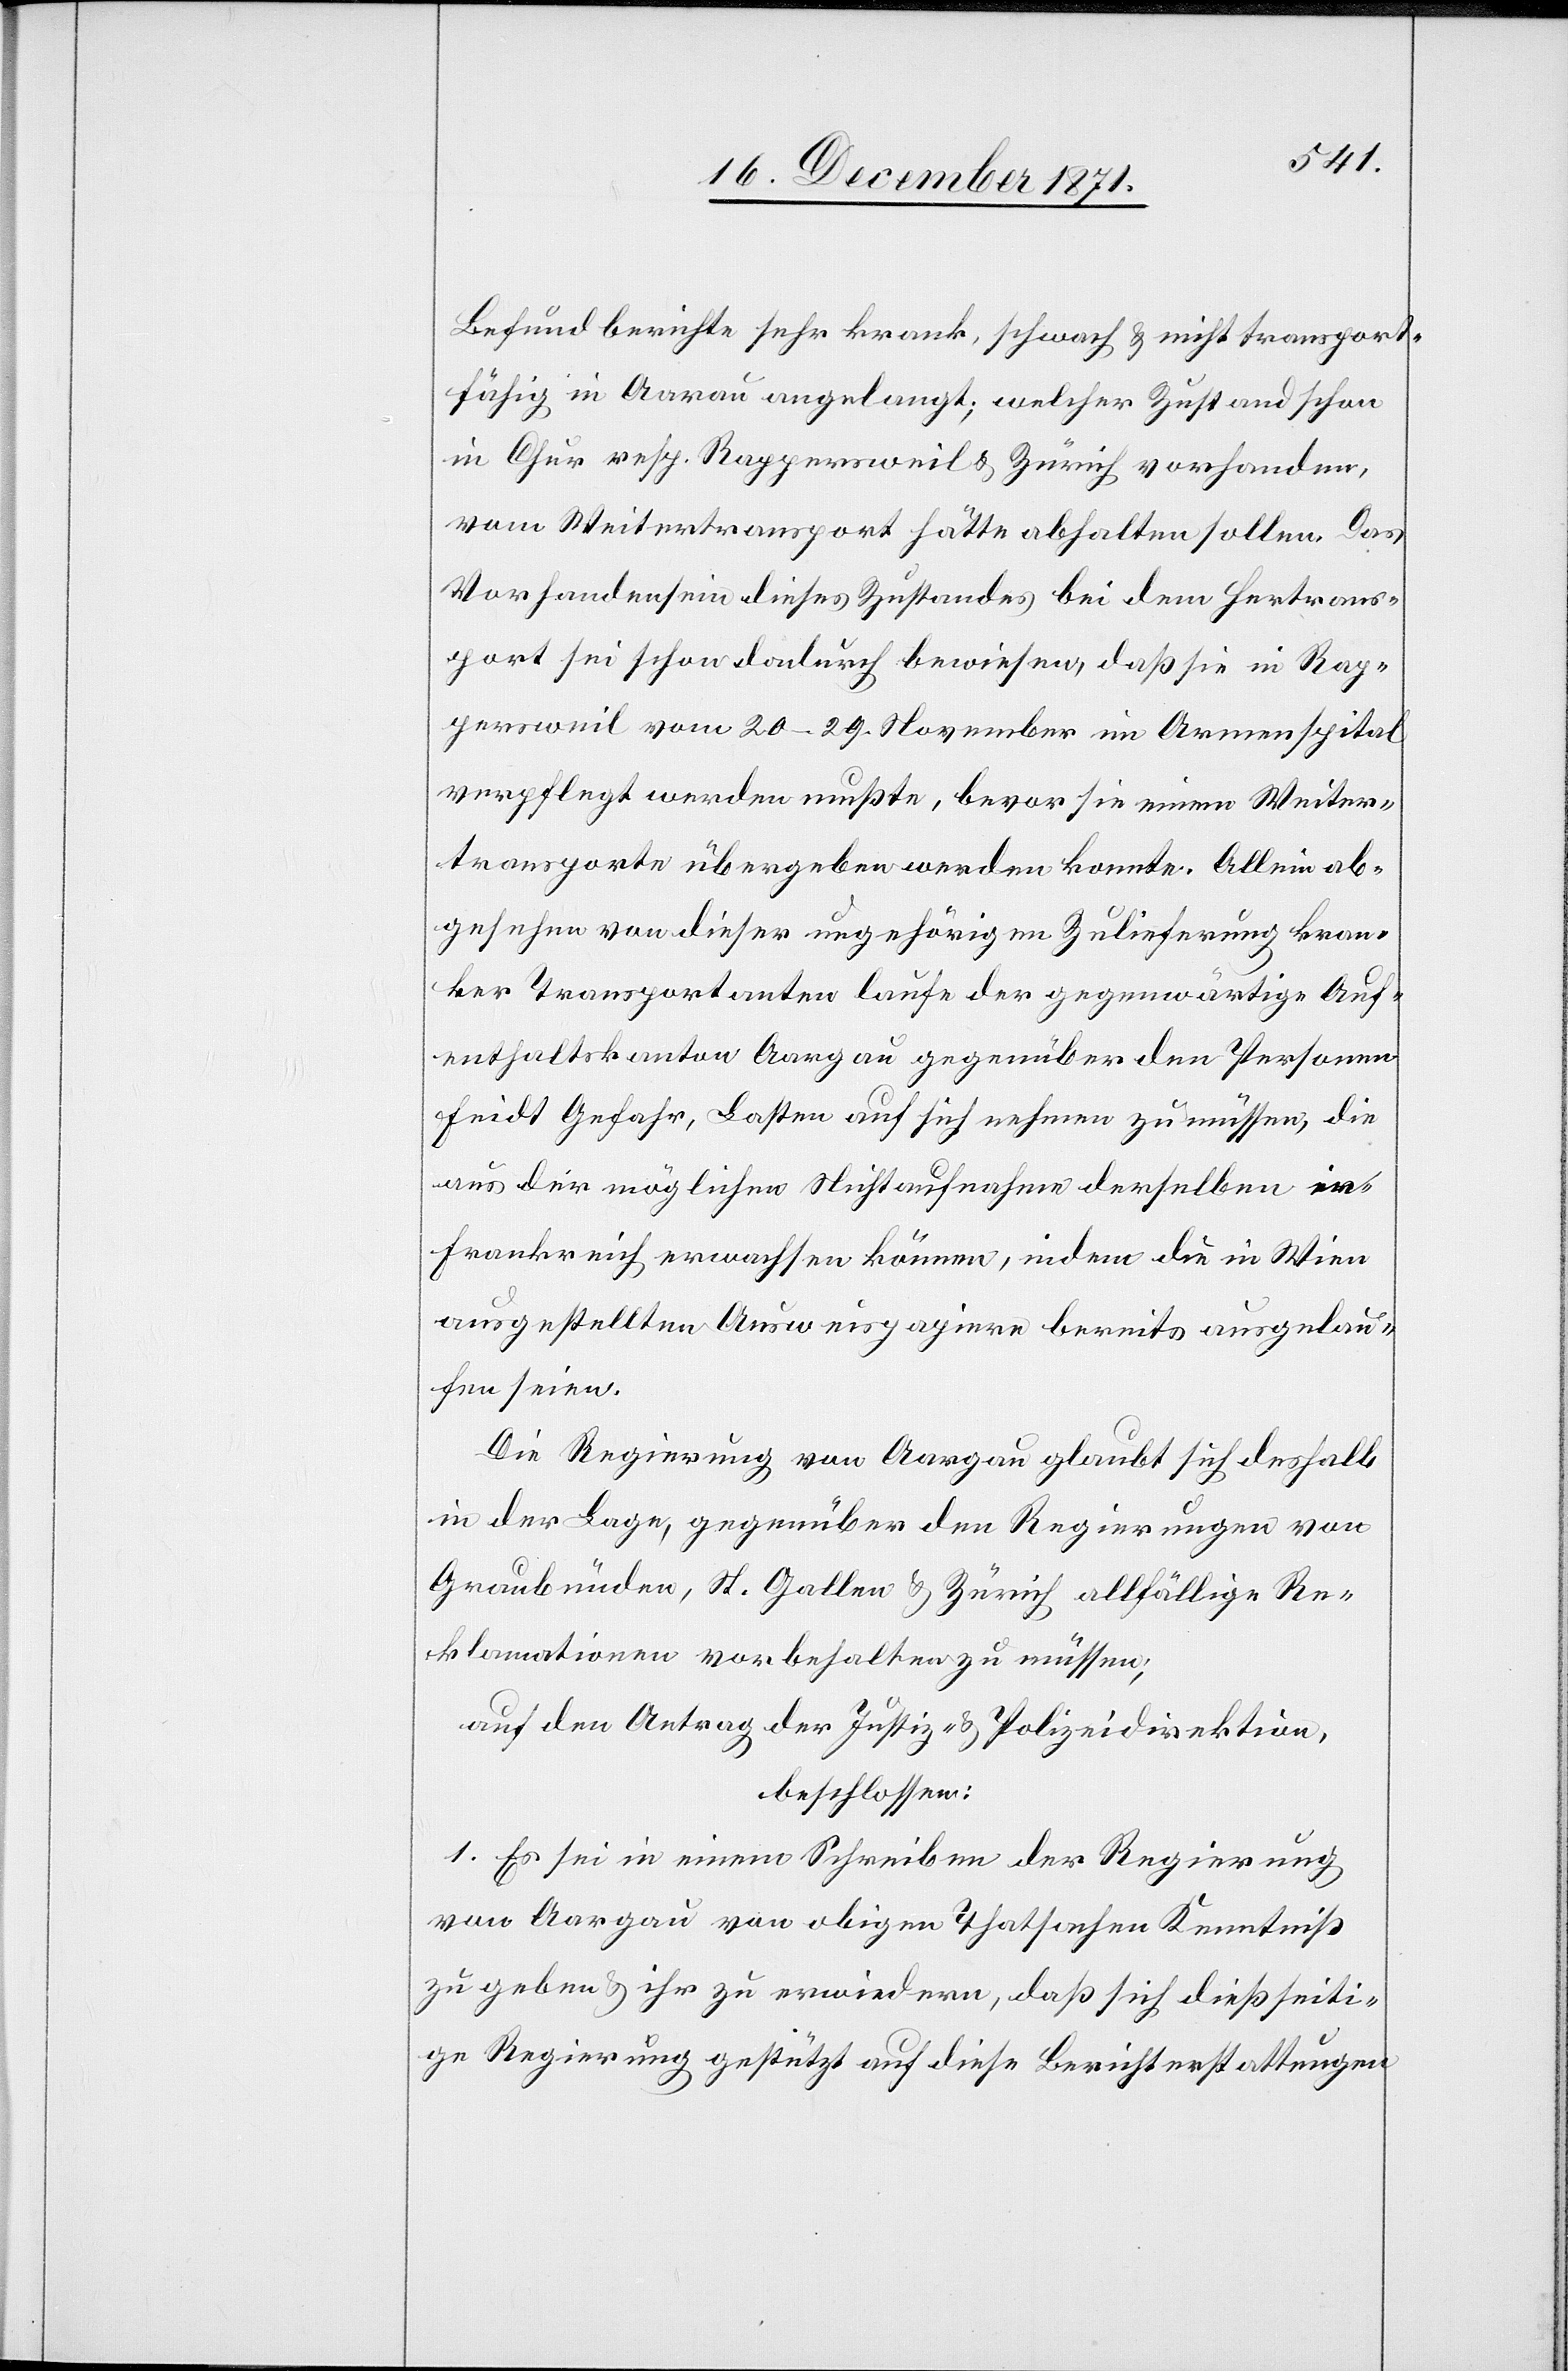
Befundberichte sehr krank, schwach & nicht transport¬
fähig in Aarau angelangt, welcher Zustand schon
in Chur resp. Rappersweil & Zürich vorhanden,
vom Weitertransport hätte abhalten sollen. Das
Vorhandensein dieses Zustandes bei dem Hertrans¬
port sei schon dadurch bewiesen, daß sie in Rap¬
persweil vom 20–29. November im Armenspital
verpflegt werden mußte, bevor sie einem Weiter¬
transporte übergeben werden konnte. Allein ab¬
gesehen von dieser ungehörigen Zulieferung kran¬
ker Transportanten laufe der gegenwärtige Auf¬
enthaltskanton Aargau gegenüber den Personen
Feidt Gefahr, Lasten auf sich nehmen zu müssen, die
Frankreich erwachsen können, indem die in Wien
ausgestellten Ausweispapiere bereits ausgelau¬
fen seien.
Die Regierung von Aargau glaubt sich deshalb
in der Lage, gegenüber den Regierungen von
Graubünden, St. Gallen & Zürich allfällige Re¬
klamationen vorbehalten zu müssen;
auf den Antrag der Justiz- & Polizeidirektion,
beschlossen:
1. Es sei in einem Schreiben der Regierung
von Aargau von obigen Thatsachen Kenntniß
zu geben & ihr zu erwiedern, daß sich dießseiti¬
ge Regierung gestützt auf diese Berichterstattungen